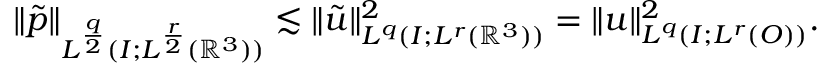
\| \tilde { p } \| _ { L ^ { \frac { q } { 2 } } ( I ; L ^ { \frac { r } { 2 } } ( \ensuremath { \mathbb { R } } ^ { 3 } ) ) } \lesssim \| \tilde { u } \| _ { L ^ { q } ( I ; L ^ { r } ( \ensuremath { \mathbb { R } } ^ { 3 } ) ) } ^ { 2 } = \| u \| _ { L ^ { q } ( I ; L ^ { r } ( O ) ) } ^ { 2 } .